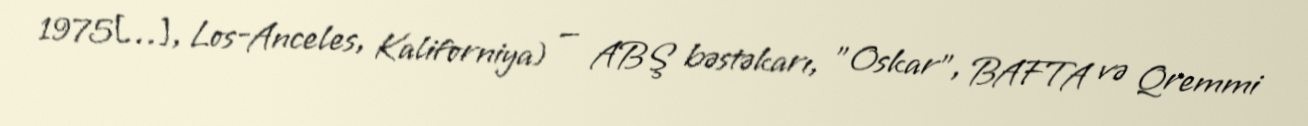
1975[…], Los-Anceles, Kaliforniya) — ABŞ bəstəkarı, "Oskar", BAFTA və Qremmi